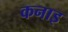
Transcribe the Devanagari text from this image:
कनाइ